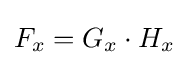
F_{x}=G_{x}\cdot H_{x}